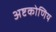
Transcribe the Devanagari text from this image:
अष्टकोणिय